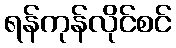
ရန်ကုန်လိုင်စင်